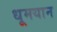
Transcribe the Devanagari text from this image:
धूमयान